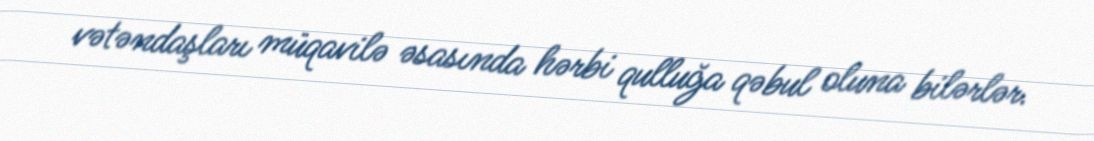
vətəndaşları müqavilə əsasında hərbi qulluğa qəbul oluna bilərlər.